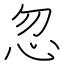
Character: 忽